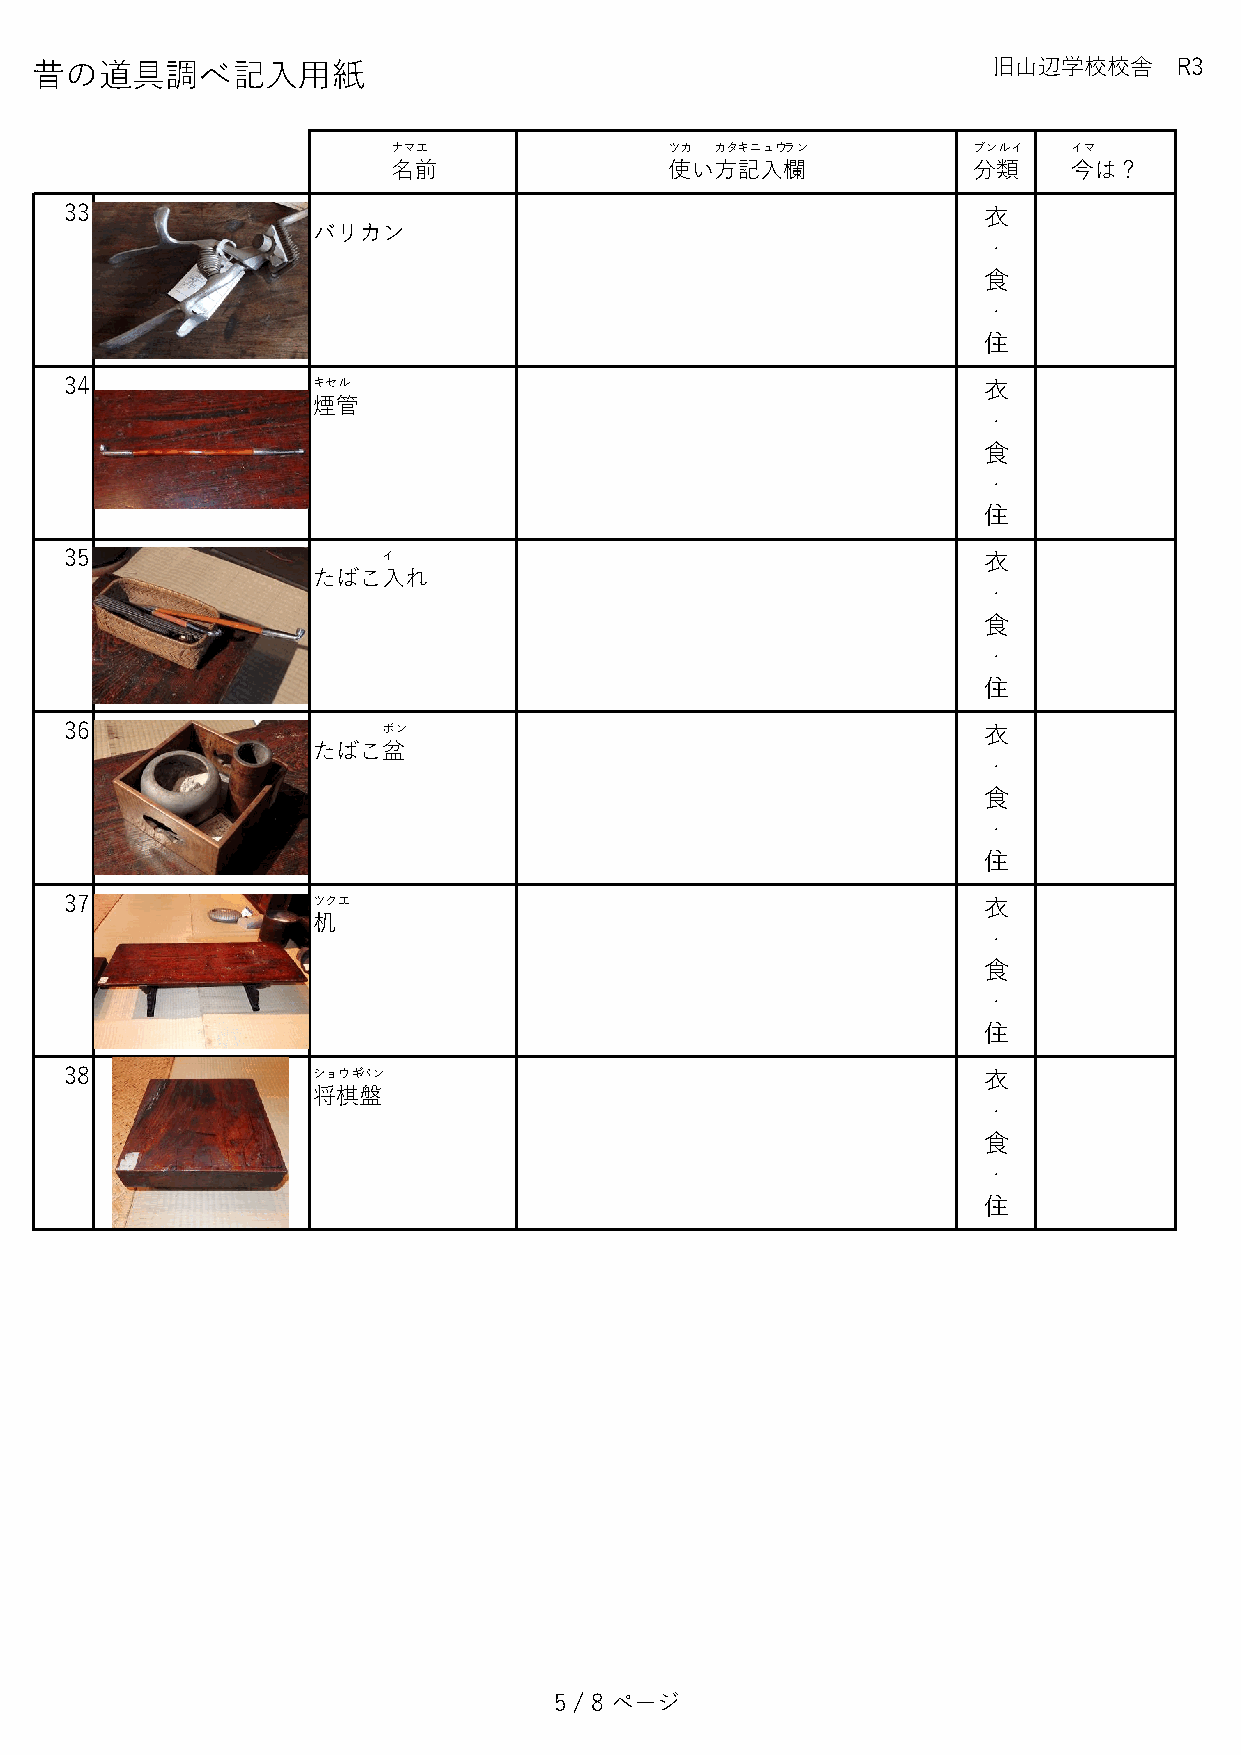
昔の道具調べ記入用紙                                                      旧山辺学校校舎     R3
 ナマエ               ツカ カタキニュウラン         ブンルイ   イマ
 名前                使い方記入欄              分類     今は？
 33                                                           衣
 バリカン
 ・
 食
 ・
 住
 34               キセル                                         衣
 煙管
 ・
 食
 ・
 住
 35                   イ                                       衣
 たばこ入れ
 ・
 食
 ・
 住
 36                   ボン                                      衣
 たばこ盆
 ・
 食
 ・
 住
 37               ツクエ                                         衣
 机
 ・
 食
 ・
 住
 38               ショウギバン                                      衣
 将棋盤
 ・
 食
 ・
 住
 5 / 8 ページ